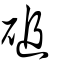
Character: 磓